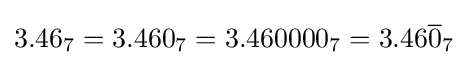
3.46_{7}=3.460_{7}=3.460000_{7}=3.46{\overline {0}}_{7}